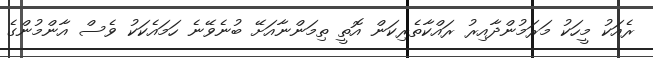
ރެއަކު މީހަކު މަރަމުންދާއިރު ރައްކާތެރިކަން އޮތީ ތިމަންނާއަށޭ ބުނެވޭނެ ހަމައެކަކު ވެސް އާންމުންގެ